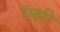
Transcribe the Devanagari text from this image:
रॅम्झी